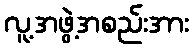
လူ့အဖွဲ့အစည်းအား